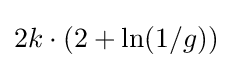
2k\cdot (2+\ln(1/g))